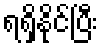
ရရှိနိုင်ပြီး